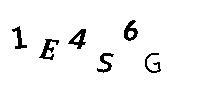
1E4S6G